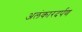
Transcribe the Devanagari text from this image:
अलंकारदर्पण